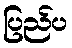
ပြည်ပ